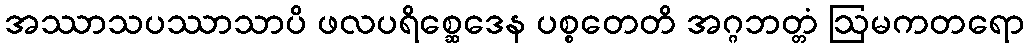
အဿာသပဿာသာပိ ဖလပရိစ္ဆေဒေန ပစ္စတေတိ အဂ္ဂဘတ္တံ ဩမကတရော